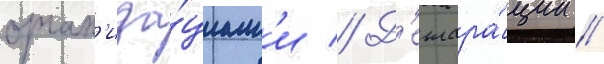
орган'иза́циам'и // Д'еклара́ции //